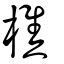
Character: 樵